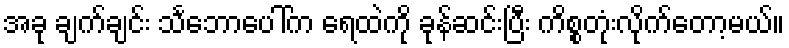
အခု ချက်ချင်း သင်္ဘောပေါ်က ရေထဲကို ခုန်ဆင်းပြီး ကိစ္စတုံးလိုက်တော့မယ်။